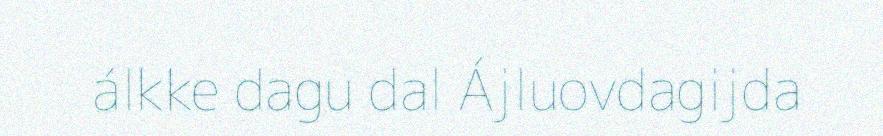
álkke dagu dal Ájluovdagijda